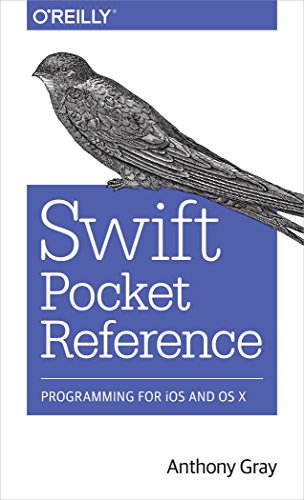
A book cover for Swift Pocket Reference; Anthony Gray; Computers & Technology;